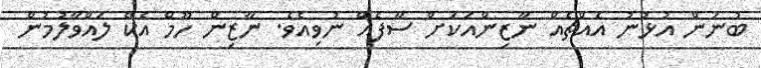
ބުނަން އުޅުނު އެއްޗެއް ނާޒިންއަކަށް ސާފެއް ނުވިއެވެ. ނާޒިން ހޫމް އެކޭ ލައްވާލުމުން